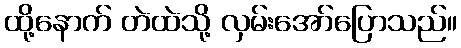
ထို့နောက် တဲထဲသို့ လှမ်းအော်ပြောသည်။